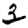
Digit: 3